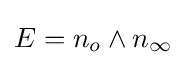
E=n_{o}\wedge n_{\infty }